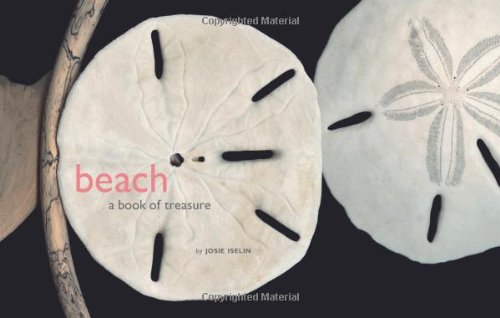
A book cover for Beach: A Book of Treasures; Josie Iselin; Arts & Photography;